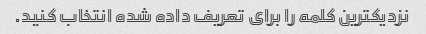
نزدیکترین کلمه را برای تعریف داده شده انتخاب کنید.